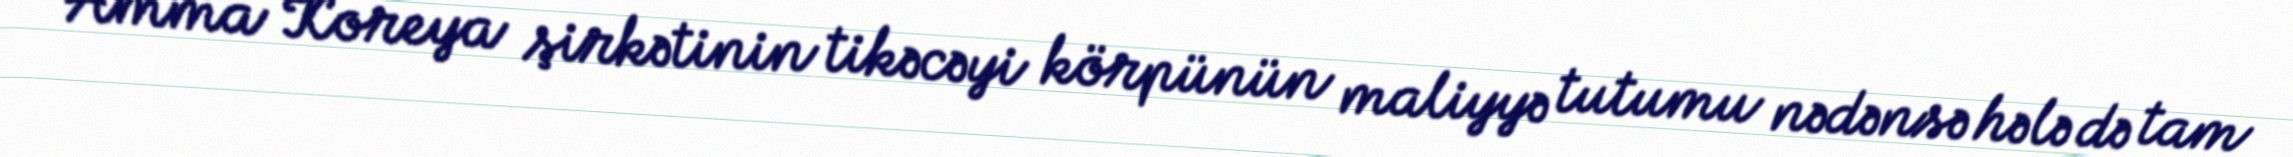
Amma Koreya şirkətinin tikəcəyi körpünün maliyyə tutumu nədənsə hələ də tam